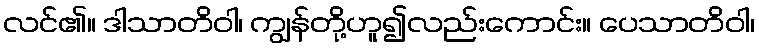
လင်၏။ ဒါသာတိဝါ၊ ကျွန်တို့ဟူ၍လည်းကောင်း။ ပေသာတိဝါ၊